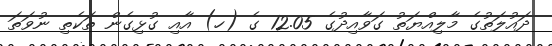
ދައުލަތުގެ މާލިއްޔަތު ގަވާއިދުގެ 12.05 ގެ (ހ) އާއި ގުޅިގެން ތަކެތި ނުވަތަ